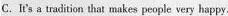
C.It's a tradition that makes people very happy.